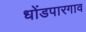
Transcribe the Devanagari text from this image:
धोंडपारगाव